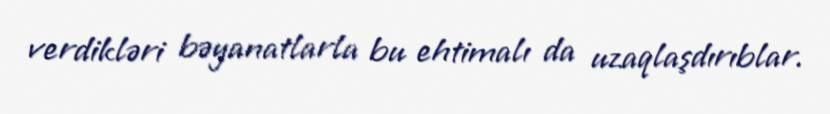
verdikləri bəyanatlarla bu ehtimalı da uzaqlaşdırıblar.